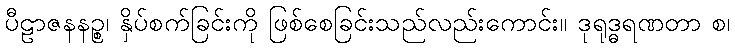
ပီဠာဇနနဉ္စ၊ နှိပ်စက်ခြင်းကို ဖြစ်စေခြင်းသည်လည်းကောင်း။ ဒုရုဒ္ဓရဏတာ စ၊